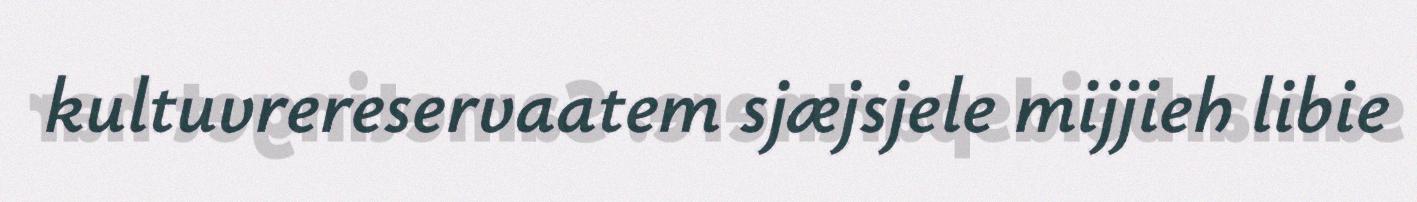
kultuvrereservaatem sjæjsjele mijjieh libie